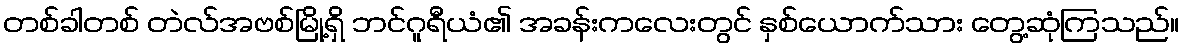
တစ်ခါတစ် တဲလ်အဗစ်မြို့ရှိ ဘင်ဂူရီယံ၏ အခန်းကလေးတွင် နှစ်ယောက်သား တွေ့ဆုံကြသည်။